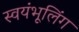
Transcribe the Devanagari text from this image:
स्वयंभूलिंग